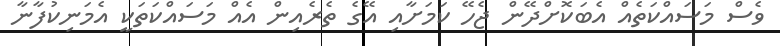
ވެސް މަސައްކަތެއް އެބަކޮށްދޭން ޖެހޭ ކަމަށާއި އޭގެ ތެރެއިން އެއް މަސައްކަތަކީ އެމަނިކުފާނާ